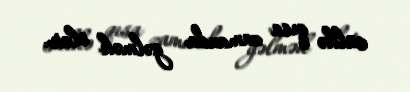
sülhə qısa zamanda gəlmək olar.